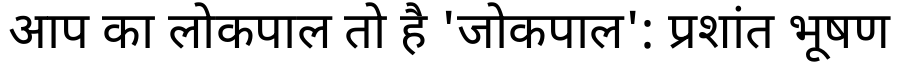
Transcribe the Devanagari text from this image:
आप का लोकपाल तो है 'जोकपाल': प्रशांत भूषण